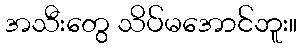
အသီးတွေ သိပ်မအောင်ဘူး။